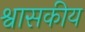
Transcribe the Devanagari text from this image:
श्वासकीय